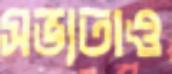
সভ্যতাও